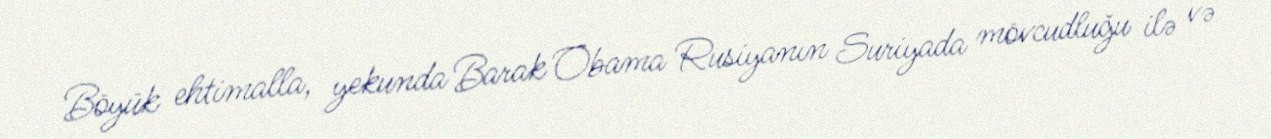
Böyük ehtimalla, yekunda Barak Obama Rusiyanın Suriyada mövcudluğu ilə və